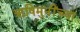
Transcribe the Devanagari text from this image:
ऋषिमुनींच्या